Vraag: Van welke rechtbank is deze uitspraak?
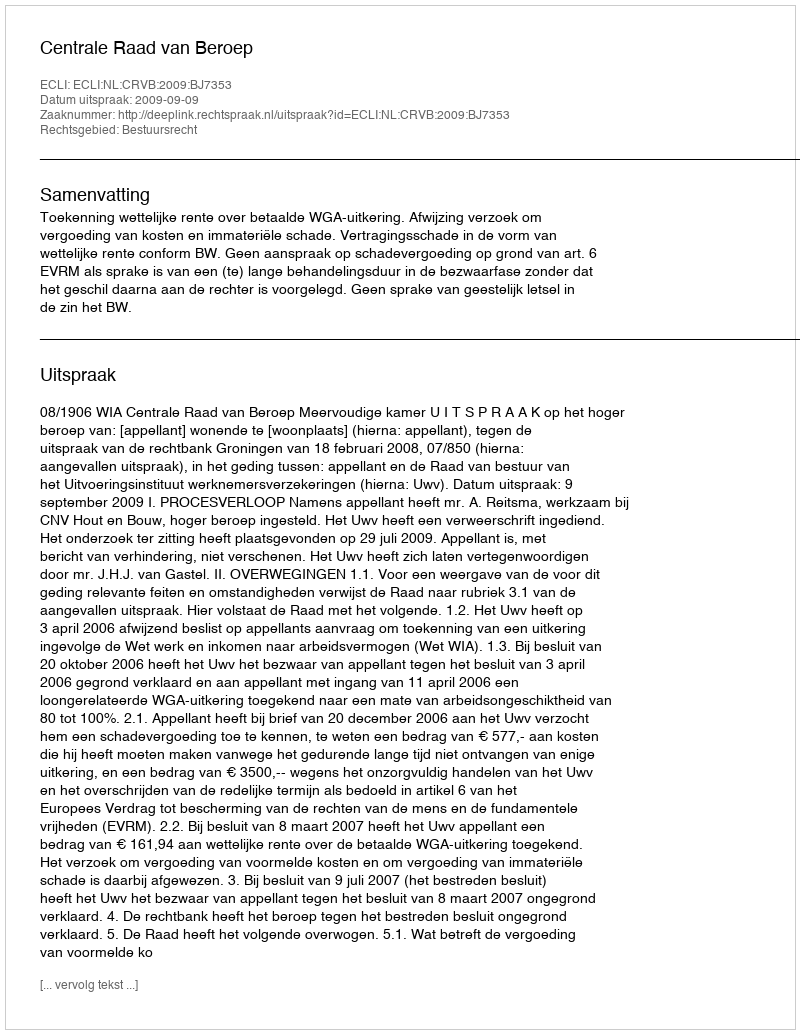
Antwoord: Centrale Raad van Beroep